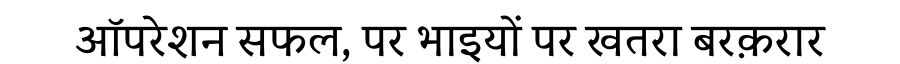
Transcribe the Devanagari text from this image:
ऑपरेशन सफल, पर भाइयों पर खतरा बरक़रार